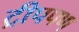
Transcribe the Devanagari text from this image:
ट्रीपपण